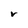
Character: v